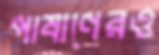
পাষাণেরও